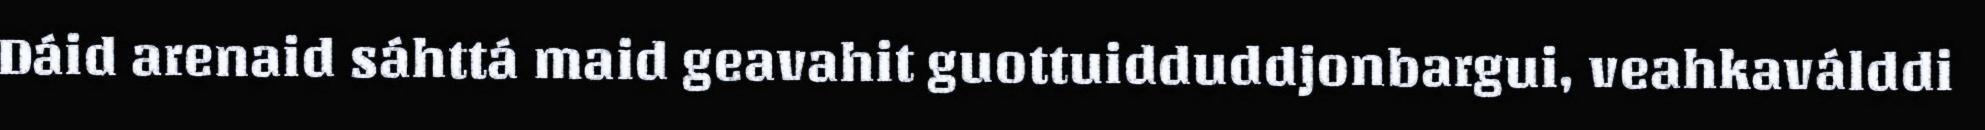
Dáid arenaid sáhttá maid geavahit guottuidduddjonbargui, veahkaválddi